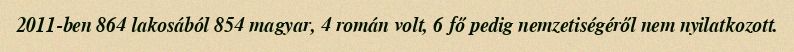
2011-ben 864 lakosából 854 magyar, 4 román volt, 6 fő pedig nemzetiségéről nem nyilatkozott.